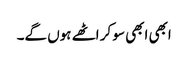
ابھی ابھی سو کر اٹھے ہوں گے۔